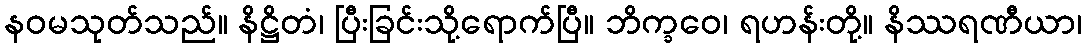
နဝမသုတ်သည်။ နိဋ္ဌိတံ၊ ပြီးခြင်းသို့ရောက်ပြီ။ ဘိက္ခဝေ၊ ရဟန်းတို့။ နိဿရဏီယာ၊